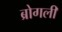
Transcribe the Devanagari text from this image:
ब्रोगली